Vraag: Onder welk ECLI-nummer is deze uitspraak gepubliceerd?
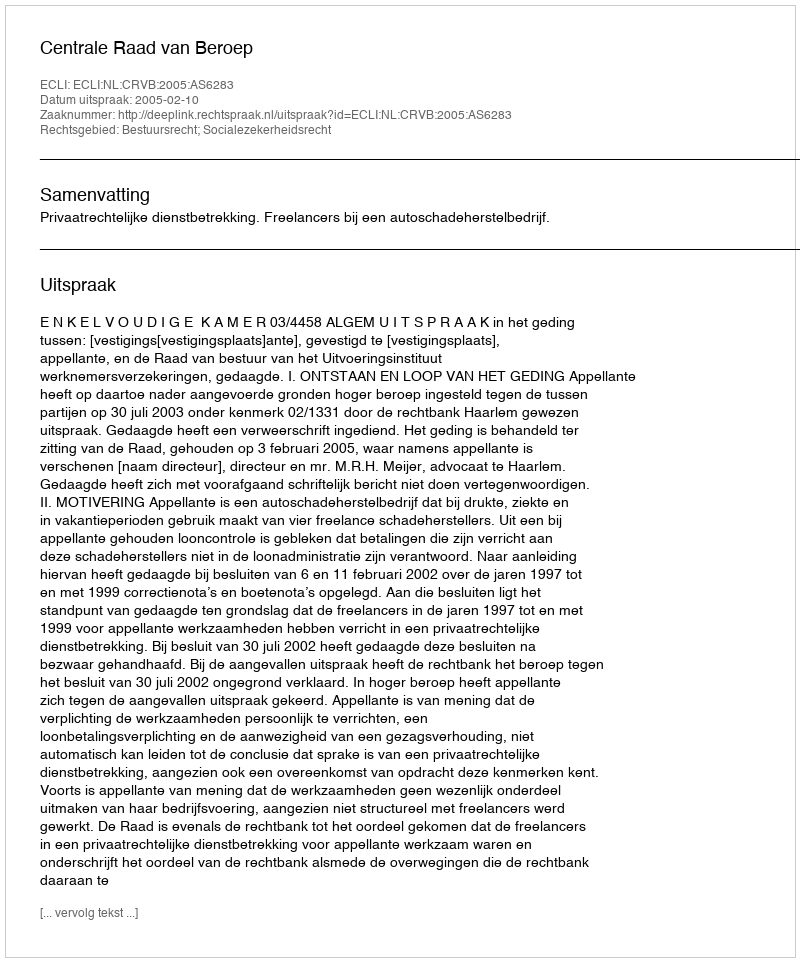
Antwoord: ECLI:NL:CRVB:2005:AS6283